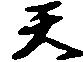
天